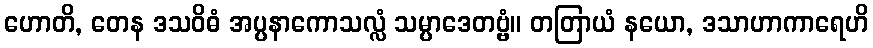
ဟောတိ, တေန ဒသဝိဓံ အပ္ပနာကောသလ္လံ သမ္ပာဒေတဗ္ဗံ။ တတြာယံ နယော, ဒသာဟာကာရေဟိ